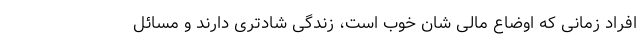
افراد زمانی که اوضاع مالی شان خوب است، زندگی شادتری دارند و مسائل